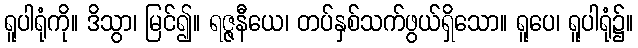
ရူပါရုံကို။ ဒိသွာ၊ မြင်၍။ ရဇ္ဇနီယေ၊ တပ်နှစ်သက်ဖွယ်ရှိသော။ ရူပေ၊ ရူပါရုံ၌။